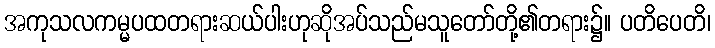
အကုသလကမ္မပထတရားဆယ်ပါးဟုဆိုအပ်သည်မသူတော်တို့၏တရား၌။ ပတိပေတိ၊